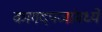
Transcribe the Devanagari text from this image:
कागदपञांमध्ये